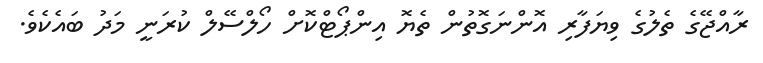
ރާއްޖޭގެ ތެލުގެ ވިޔަފާރި އޮންނަގޮތުން ތެޔޮ އިންޕޯޓްކޮށް ހޯލްސޭލް ކުރަނީ މަދު ބައެކެވެ.